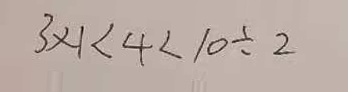
3 \times 1 < 4 < 1 0 \div 2